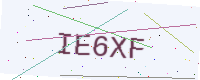
Text: IE6XF